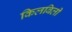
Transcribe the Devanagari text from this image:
किलबिली